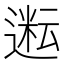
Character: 𬨿